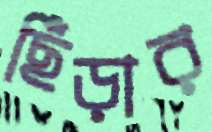
ছিঁড়ার